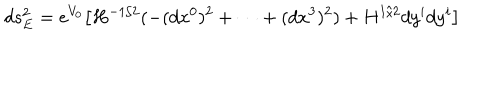
d s _ { E } ^ { 2 } = e ^ { V _ { 0 } } \big [ H ^ { - 1 / 2 } ( - ( d x ^ { 0 } ) ^ { 2 } + \cdots + ( d x ^ { 3 } ) ^ { 2 } ) + H ^ { 1 / 2 } d y ^ { i } d y ^ { i } \big ]